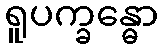
ရူပက္ခန္ဓော